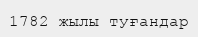
1782 жылы туғандар